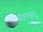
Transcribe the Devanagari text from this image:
ब्रॅडमन्स्क्यू